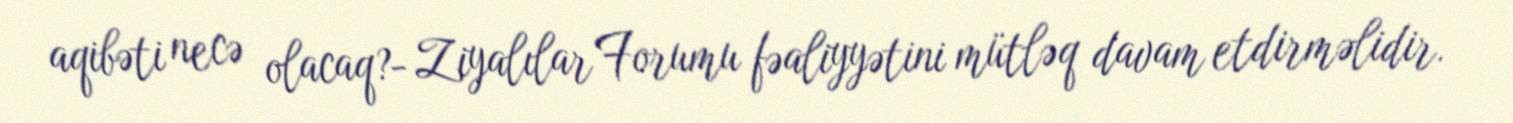
aqibəti necə olacaq?- Ziyalılar Forumu fəaliyyətini mütləq davam etdirməlidir.